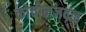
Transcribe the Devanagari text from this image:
कोचीनजवळ